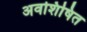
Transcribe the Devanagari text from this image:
अवशिषित